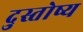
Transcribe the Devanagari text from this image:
दुस्तोष्य